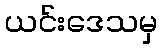
ယင်းဒေသမှ